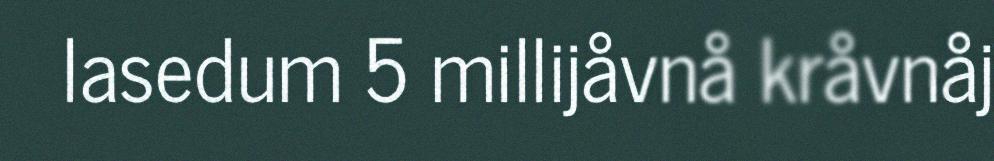
lasedum 5 millijåvnå kråvnåj